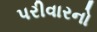
પરીવારનો